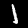
Digit: 1